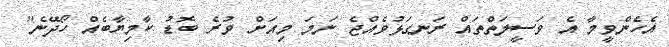
އެހެންވީމާ އެ ވަސީލަތްތައް ރަނގަޅުވެއްޖެ ނަމަ މިއަށް ވުރެ ބޮޑު ކާމިޔާބެއް ހޯދޭނެ"